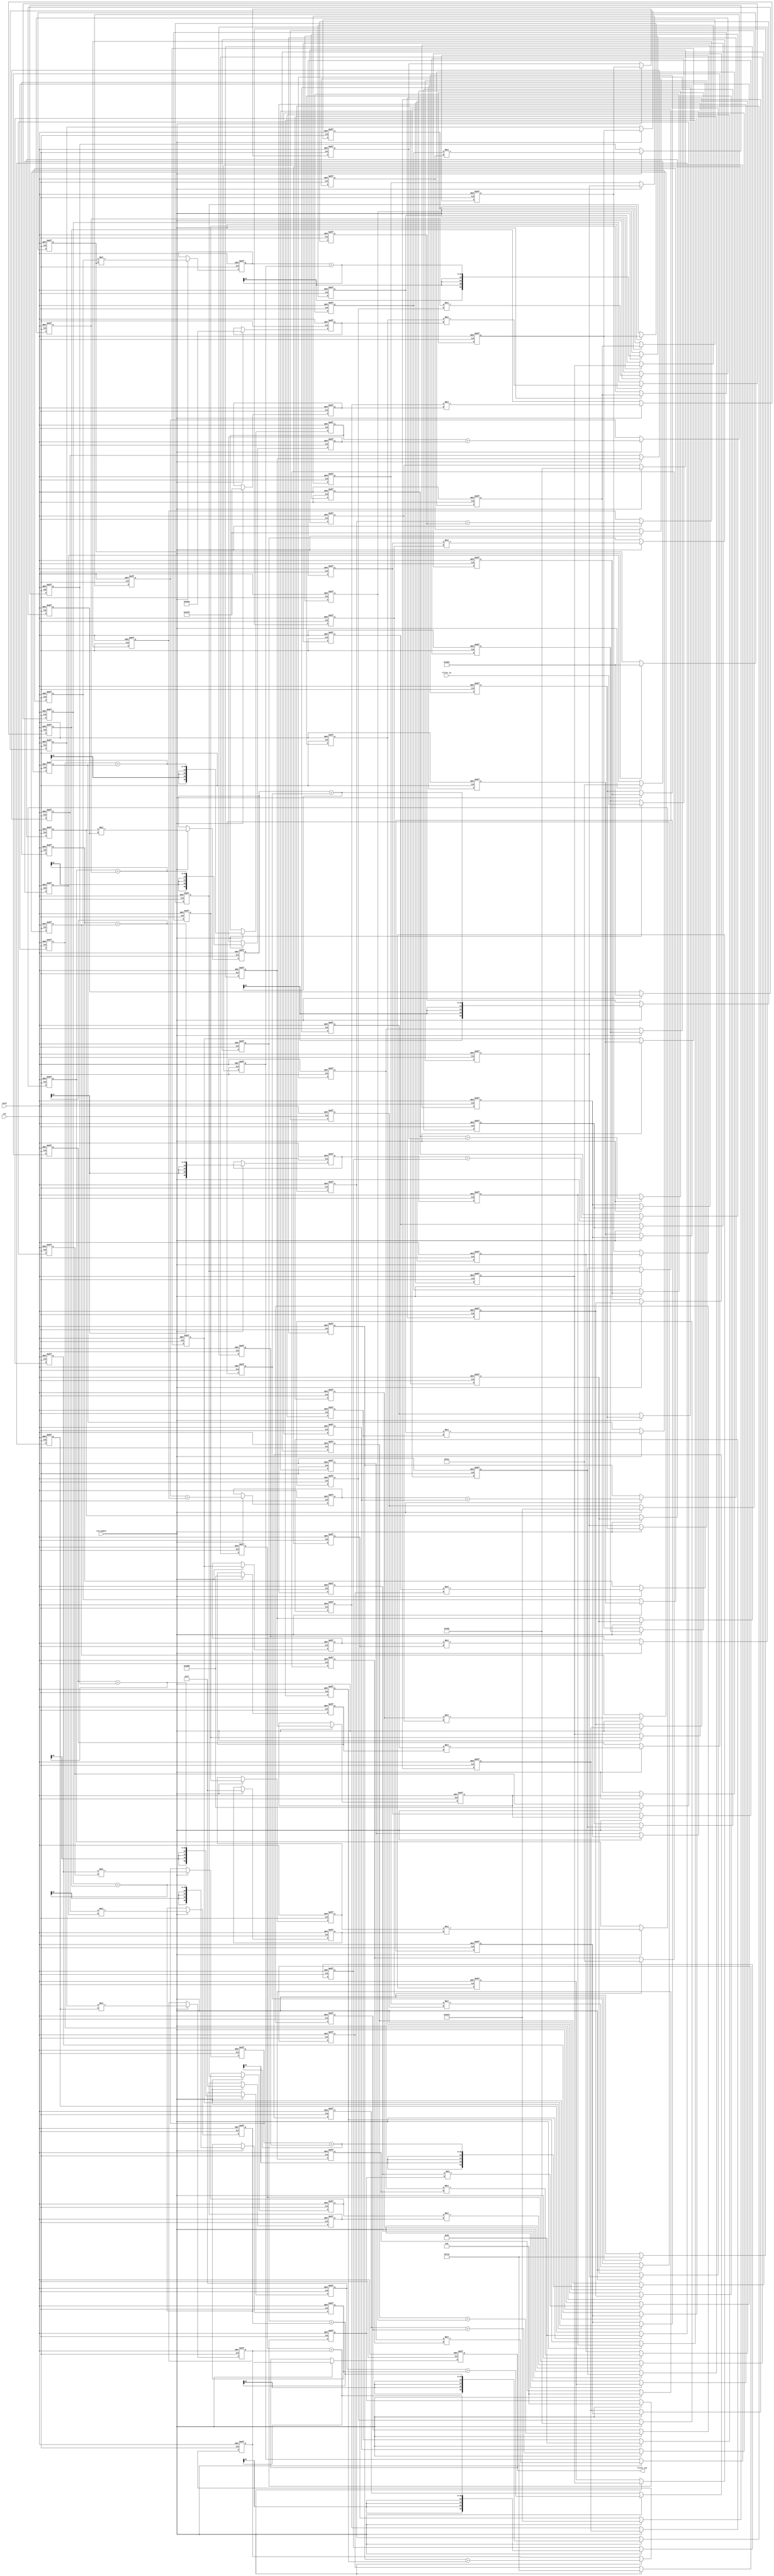
// -------------------------------------------------------------
//
// Module: fir_20_16b_1p
// Generated by MATLAB(R) 9.12 and Filter Design HDL Coder 3.1.11.
// Generated on: 2023-06-21 23:44:26
// -------------------------------------------------------------

// -------------------------------------------------------------
// HDL Code Generation Options:
//
// FIRAdderStyle: tree
// MultiplierInputPipeline: 1
// MultiplierOutputPipeline: 1
// OptimizeForHDL: on
// TargetDirectory: W:\Nikos\UTh\ \Project\FIR_20_Order\multiplier_1_pipeline\16b_fixed_point
// AddPipelineRegisters: on
// Name: fir_20_16b_1p
// InputDataType: numerictype(1,16,0)
// TargetLanguage: Verilog
// TestBenchName: fir_20_16b_1p_tb
// TestBenchStimulus: impulse step ramp chirp noise 

// Filter Specifications:
//
// Sample Rate     : 46 kHz
// Response        : Lowpass
// Specification   : N,Fp,Fst,Ap
// Stopband Edge   : 9.6 kHz
// Filter Order    : 20
// Passband Edge   : 8 kHz
// Passband Ripple : 60 dB
// -------------------------------------------------------------

// -------------------------------------------------------------
// HDL Implementation    : Fully parallel
// Folding Factor        : 1
// -------------------------------------------------------------
// Filter Settings:
//
// Discrete-Time FIR Filter (real)
// -------------------------------
// Filter Structure  : Direct-Form FIR
// Filter Length     : 21
// Stable            : Yes
// Linear Phase      : Yes (Type 1)
// Arithmetic        : fixed
// Numerator         : s16,16 -> [-5.000000e-01 5.000000e-01)
// -------------------------------------------------------------




`timescale 1 ns / 1 ns

module fir_20_16b_1p
               (
                clk,
                clk_enable,
                reset,
                filter_in,
                filter_out
                );

  input   clk; 
  input   clk_enable; 
  input   reset; 
  input   signed [15:0] filter_in; //sfix16
  output  signed [36:0] filter_out; //sfix37_En16

////////////////////////////////////////////////////////////////
//Module Architecture: fir_20_16b_1p
////////////////////////////////////////////////////////////////
  // Local Functions
  // Type Definitions
  // Constants
  parameter signed [15:0] coeff1 = 16'b0000000000000110; //sfix16_En16
  parameter signed [15:0] coeff2 = 16'b0000000000111000; //sfix16_En16
  parameter signed [15:0] coeff3 = 16'b0000000011111111; //sfix16_En16
  parameter signed [15:0] coeff4 = 16'b0000001100101000; //sfix16_En16
  parameter signed [15:0] coeff5 = 16'b0000011111001101; //sfix16_En16
  parameter signed [15:0] coeff6 = 16'b0000111111101100; //sfix16_En16
  parameter signed [15:0] coeff7 = 16'b0001101110110111; //sfix16_En16
  parameter signed [15:0] coeff8 = 16'b0010100111111010; //sfix16_En16
  parameter signed [15:0] coeff9 = 16'b0011100000001000; //sfix16_En16
  parameter signed [15:0] coeff10 = 16'b0100001001110000; //sfix16_En16
  parameter signed [15:0] coeff11 = 16'b0100011001001010; //sfix16_En16
  parameter signed [15:0] coeff12 = 16'b0100001001110000; //sfix16_En16
  parameter signed [15:0] coeff13 = 16'b0011100000001000; //sfix16_En16
  parameter signed [15:0] coeff14 = 16'b0010100111111010; //sfix16_En16
  parameter signed [15:0] coeff15 = 16'b0001101110110111; //sfix16_En16
  parameter signed [15:0] coeff16 = 16'b0000111111101100; //sfix16_En16
  parameter signed [15:0] coeff17 = 16'b0000011111001101; //sfix16_En16
  parameter signed [15:0] coeff18 = 16'b0000001100101000; //sfix16_En16
  parameter signed [15:0] coeff19 = 16'b0000000011111111; //sfix16_En16
  parameter signed [15:0] coeff20 = 16'b0000000000111000; //sfix16_En16
  parameter signed [15:0] coeff21 = 16'b0000000000000110; //sfix16_En16

  // Signals
  reg  signed [15:0] delay_pipeline [0:20] ; // sfix16
  wire signed [31:0] product21; // sfix32_En16
  reg  signed [15:0] delay_pipeline_20_under_pipe; // sfix16
  reg  signed [15:0] coeff21_pipe; // sfix16_En16
  reg  signed [31:0] product21_pipe; // sfix32_En16
  wire signed [31:0] product20; // sfix32_En16
  reg  signed [15:0] delay_pipeline_19_under_pipe; // sfix16
  reg  signed [15:0] coeff20_pipe; // sfix16_En16
  reg  signed [31:0] product20_pipe; // sfix32_En16
  wire signed [31:0] product19; // sfix32_En16
  reg  signed [15:0] delay_pipeline_18_under_pipe; // sfix16
  reg  signed [15:0] coeff19_pipe; // sfix16_En16
  reg  signed [31:0] product19_pipe; // sfix32_En16
  wire signed [31:0] product18; // sfix32_En16
  reg  signed [15:0] delay_pipeline_17_under_pipe; // sfix16
  reg  signed [15:0] coeff18_pipe; // sfix16_En16
  reg  signed [31:0] product18_pipe; // sfix32_En16
  wire signed [31:0] product17; // sfix32_En16
  reg  signed [15:0] delay_pipeline_16_under_pipe; // sfix16
  reg  signed [15:0] coeff17_pipe; // sfix16_En16
  reg  signed [31:0] product17_pipe; // sfix32_En16
  wire signed [31:0] product16; // sfix32_En16
  reg  signed [15:0] delay_pipeline_15_under_pipe; // sfix16
  reg  signed [15:0] coeff16_pipe; // sfix16_En16
  reg  signed [31:0] product16_pipe; // sfix32_En16
  wire signed [31:0] product15; // sfix32_En16
  reg  signed [15:0] delay_pipeline_14_under_pipe; // sfix16
  reg  signed [15:0] coeff15_pipe; // sfix16_En16
  reg  signed [31:0] product15_pipe; // sfix32_En16
  wire signed [31:0] product14; // sfix32_En16
  reg  signed [15:0] delay_pipeline_13_under_pipe; // sfix16
  reg  signed [15:0] coeff14_pipe; // sfix16_En16
  reg  signed [31:0] product14_pipe; // sfix32_En16
  wire signed [31:0] product13; // sfix32_En16
  reg  signed [15:0] delay_pipeline_12_under_pipe; // sfix16
  reg  signed [15:0] coeff13_pipe; // sfix16_En16
  reg  signed [31:0] product13_pipe; // sfix32_En16
  wire signed [31:0] product12; // sfix32_En16
  reg  signed [15:0] delay_pipeline_11_under_pipe; // sfix16
  reg  signed [15:0] coeff12_pipe; // sfix16_En16
  reg  signed [31:0] product12_pipe; // sfix32_En16
  wire signed [31:0] product11; // sfix32_En16
  reg  signed [15:0] delay_pipeline_10_under_pipe; // sfix16
  reg  signed [15:0] coeff11_pipe; // sfix16_En16
  reg  signed [31:0] product11_pipe; // sfix32_En16
  wire signed [31:0] product10; // sfix32_En16
  reg  signed [15:0] delay_pipeline_9_under_pipe; // sfix16
  reg  signed [15:0] coeff10_pipe; // sfix16_En16
  reg  signed [31:0] product10_pipe; // sfix32_En16
  wire signed [31:0] product9; // sfix32_En16
  reg  signed [15:0] delay_pipeline_8_under_pipe; // sfix16
  reg  signed [15:0] coeff9_pipe; // sfix16_En16
  reg  signed [31:0] product9_pipe; // sfix32_En16
  wire signed [31:0] product8; // sfix32_En16
  reg  signed [15:0] delay_pipeline_7_under_pipe; // sfix16
  reg  signed [15:0] coeff8_pipe; // sfix16_En16
  reg  signed [31:0] product8_pipe; // sfix32_En16
  wire signed [31:0] product7; // sfix32_En16
  reg  signed [15:0] delay_pipeline_6_under_pipe; // sfix16
  reg  signed [15:0] coeff7_pipe; // sfix16_En16
  reg  signed [31:0] product7_pipe; // sfix32_En16
  wire signed [31:0] product6; // sfix32_En16
  reg  signed [15:0] delay_pipeline_5_under_pipe; // sfix16
  reg  signed [15:0] coeff6_pipe; // sfix16_En16
  reg  signed [31:0] product6_pipe; // sfix32_En16
  wire signed [31:0] product5; // sfix32_En16
  reg  signed [15:0] delay_pipeline_4_under_pipe; // sfix16
  reg  signed [15:0] coeff5_pipe; // sfix16_En16
  reg  signed [31:0] product5_pipe; // sfix32_En16
  wire signed [31:0] product4; // sfix32_En16
  reg  signed [15:0] delay_pipeline_3_under_pipe; // sfix16
  reg  signed [15:0] coeff4_pipe; // sfix16_En16
  reg  signed [31:0] product4_pipe; // sfix32_En16
  wire signed [31:0] product3; // sfix32_En16
  reg  signed [15:0] delay_pipeline_2_under_pipe; // sfix16
  reg  signed [15:0] coeff3_pipe; // sfix16_En16
  reg  signed [31:0] product3_pipe; // sfix32_En16
  wire signed [31:0] product2; // sfix32_En16
  reg  signed [15:0] delay_pipeline_1_under_pipe; // sfix16
  reg  signed [15:0] coeff2_pipe; // sfix16_En16
  reg  signed [31:0] product2_pipe; // sfix32_En16
  wire signed [31:0] product1; // sfix32_En16
  reg  signed [15:0] delay_pipeline_0_under_pipe; // sfix16
  reg  signed [15:0] coeff1_pipe; // sfix16_En16
  reg  signed [31:0] product1_pipe; // sfix32_En16
  wire signed [36:0] sum_final; // sfix37_En16
  wire signed [36:0] sum1_1; // sfix37_En16
  wire signed [31:0] add_signext; // sfix32_En16
  wire signed [31:0] add_signext_1; // sfix32_En16
  wire signed [32:0] add_temp; // sfix33_En16
  reg  signed [36:0] sumpipe1_1; // sfix37_En16
  wire signed [36:0] sum1_2; // sfix37_En16
  wire signed [31:0] add_signext_2; // sfix32_En16
  wire signed [31:0] add_signext_3; // sfix32_En16
  wire signed [32:0] add_temp_1; // sfix33_En16
  reg  signed [36:0] sumpipe1_2; // sfix37_En16
  wire signed [36:0] sum1_3; // sfix37_En16
  wire signed [31:0] add_signext_4; // sfix32_En16
  wire signed [31:0] add_signext_5; // sfix32_En16
  wire signed [32:0] add_temp_2; // sfix33_En16
  reg  signed [36:0] sumpipe1_3; // sfix37_En16
  wire signed [36:0] sum1_4; // sfix37_En16
  wire signed [31:0] add_signext_6; // sfix32_En16
  wire signed [31:0] add_signext_7; // sfix32_En16
  wire signed [32:0] add_temp_3; // sfix33_En16
  reg  signed [36:0] sumpipe1_4; // sfix37_En16
  wire signed [36:0] sum1_5; // sfix37_En16
  wire signed [31:0] add_signext_8; // sfix32_En16
  wire signed [31:0] add_signext_9; // sfix32_En16
  wire signed [32:0] add_temp_4; // sfix33_En16
  reg  signed [36:0] sumpipe1_5; // sfix37_En16
  wire signed [36:0] sum1_6; // sfix37_En16
  wire signed [31:0] add_signext_10; // sfix32_En16
  wire signed [31:0] add_signext_11; // sfix32_En16
  wire signed [32:0] add_temp_5; // sfix33_En16
  reg  signed [36:0] sumpipe1_6; // sfix37_En16
  wire signed [36:0] sum1_7; // sfix37_En16
  wire signed [31:0] add_signext_12; // sfix32_En16
  wire signed [31:0] add_signext_13; // sfix32_En16
  wire signed [32:0] add_temp_6; // sfix33_En16
  reg  signed [36:0] sumpipe1_7; // sfix37_En16
  wire signed [36:0] sum1_8; // sfix37_En16
  wire signed [31:0] add_signext_14; // sfix32_En16
  wire signed [31:0] add_signext_15; // sfix32_En16
  wire signed [32:0] add_temp_7; // sfix33_En16
  reg  signed [36:0] sumpipe1_8; // sfix37_En16
  wire signed [36:0] sum1_9; // sfix37_En16
  wire signed [31:0] add_signext_16; // sfix32_En16
  wire signed [31:0] add_signext_17; // sfix32_En16
  wire signed [32:0] add_temp_8; // sfix33_En16
  reg  signed [36:0] sumpipe1_9; // sfix37_En16
  wire signed [36:0] sum1_10; // sfix37_En16
  wire signed [31:0] add_signext_18; // sfix32_En16
  wire signed [31:0] add_signext_19; // sfix32_En16
  wire signed [32:0] add_temp_9; // sfix33_En16
  reg  signed [36:0] sumpipe1_10; // sfix37_En16
  reg  signed [31:0] sumpipe1_11; // sfix32_En16
  wire signed [36:0] sum2_1; // sfix37_En16
  wire signed [36:0] add_signext_20; // sfix37_En16
  wire signed [36:0] add_signext_21; // sfix37_En16
  wire signed [37:0] add_temp_10; // sfix38_En16
  reg  signed [36:0] sumpipe2_1; // sfix37_En16
  wire signed [36:0] sum2_2; // sfix37_En16
  wire signed [36:0] add_signext_22; // sfix37_En16
  wire signed [36:0] add_signext_23; // sfix37_En16
  wire signed [37:0] add_temp_11; // sfix38_En16
  reg  signed [36:0] sumpipe2_2; // sfix37_En16
  wire signed [36:0] sum2_3; // sfix37_En16
  wire signed [36:0] add_signext_24; // sfix37_En16
  wire signed [36:0] add_signext_25; // sfix37_En16
  wire signed [37:0] add_temp_12; // sfix38_En16
  reg  signed [36:0] sumpipe2_3; // sfix37_En16
  wire signed [36:0] sum2_4; // sfix37_En16
  wire signed [36:0] add_signext_26; // sfix37_En16
  wire signed [36:0] add_signext_27; // sfix37_En16
  wire signed [37:0] add_temp_13; // sfix38_En16
  reg  signed [36:0] sumpipe2_4; // sfix37_En16
  wire signed [36:0] sum2_5; // sfix37_En16
  wire signed [36:0] add_signext_28; // sfix37_En16
  wire signed [36:0] add_signext_29; // sfix37_En16
  wire signed [37:0] add_temp_14; // sfix38_En16
  reg  signed [36:0] sumpipe2_5; // sfix37_En16
  reg  signed [31:0] sumpipe2_6; // sfix32_En16
  wire signed [36:0] sum3_1; // sfix37_En16
  wire signed [36:0] add_signext_30; // sfix37_En16
  wire signed [36:0] add_signext_31; // sfix37_En16
  wire signed [37:0] add_temp_15; // sfix38_En16
  reg  signed [36:0] sumpipe3_1; // sfix37_En16
  wire signed [36:0] sum3_2; // sfix37_En16
  wire signed [36:0] add_signext_32; // sfix37_En16
  wire signed [36:0] add_signext_33; // sfix37_En16
  wire signed [37:0] add_temp_16; // sfix38_En16
  reg  signed [36:0] sumpipe3_2; // sfix37_En16
  wire signed [36:0] sum3_3; // sfix37_En16
  wire signed [36:0] add_signext_34; // sfix37_En16
  wire signed [36:0] add_signext_35; // sfix37_En16
  wire signed [37:0] add_temp_17; // sfix38_En16
  reg  signed [36:0] sumpipe3_3; // sfix37_En16
  wire signed [36:0] sum4_1; // sfix37_En16
  wire signed [36:0] add_signext_36; // sfix37_En16
  wire signed [36:0] add_signext_37; // sfix37_En16
  wire signed [37:0] add_temp_18; // sfix38_En16
  reg  signed [36:0] sumpipe4_1; // sfix37_En16
  reg  signed [36:0] sumpipe4_2; // sfix37_En16
  wire signed [36:0] sum5_1; // sfix37_En16
  wire signed [36:0] add_signext_38; // sfix37_En16
  wire signed [36:0] add_signext_39; // sfix37_En16
  wire signed [37:0] add_temp_19; // sfix38_En16
  reg  signed [36:0] sumpipe5_1; // sfix37_En16
  reg  signed [36:0] output_register; // sfix37_En16

  // Block Statements
  always @( posedge clk or posedge reset)
    begin: Delay_Pipeline_process
      if (reset == 1'b1) begin
        delay_pipeline[0] <= 0;
        delay_pipeline[1] <= 0;
        delay_pipeline[2] <= 0;
        delay_pipeline[3] <= 0;
        delay_pipeline[4] <= 0;
        delay_pipeline[5] <= 0;
        delay_pipeline[6] <= 0;
        delay_pipeline[7] <= 0;
        delay_pipeline[8] <= 0;
        delay_pipeline[9] <= 0;
        delay_pipeline[10] <= 0;
        delay_pipeline[11] <= 0;
        delay_pipeline[12] <= 0;
        delay_pipeline[13] <= 0;
        delay_pipeline[14] <= 0;
        delay_pipeline[15] <= 0;
        delay_pipeline[16] <= 0;
        delay_pipeline[17] <= 0;
        delay_pipeline[18] <= 0;
        delay_pipeline[19] <= 0;
        delay_pipeline[20] <= 0;
      end
      else begin
        if (clk_enable == 1'b1) begin
          delay_pipeline[0] <= filter_in;
          delay_pipeline[1] <= delay_pipeline[0];
          delay_pipeline[2] <= delay_pipeline[1];
          delay_pipeline[3] <= delay_pipeline[2];
          delay_pipeline[4] <= delay_pipeline[3];
          delay_pipeline[5] <= delay_pipeline[4];
          delay_pipeline[6] <= delay_pipeline[5];
          delay_pipeline[7] <= delay_pipeline[6];
          delay_pipeline[8] <= delay_pipeline[7];
          delay_pipeline[9] <= delay_pipeline[8];
          delay_pipeline[10] <= delay_pipeline[9];
          delay_pipeline[11] <= delay_pipeline[10];
          delay_pipeline[12] <= delay_pipeline[11];
          delay_pipeline[13] <= delay_pipeline[12];
          delay_pipeline[14] <= delay_pipeline[13];
          delay_pipeline[15] <= delay_pipeline[14];
          delay_pipeline[16] <= delay_pipeline[15];
          delay_pipeline[17] <= delay_pipeline[16];
          delay_pipeline[18] <= delay_pipeline[17];
          delay_pipeline[19] <= delay_pipeline[18];
          delay_pipeline[20] <= delay_pipeline[19];
        end
      end
    end // Delay_Pipeline_process


  always @ (posedge clk or posedge reset)
    begin: temp_process1
      if (reset == 1'b1) begin
        delay_pipeline_20_under_pipe <= 0;
        coeff21_pipe <= 0;
        product21_pipe <= 0;
      end
      else begin
        if (clk_enable == 1'b1) begin
          delay_pipeline_20_under_pipe <= delay_pipeline[20];
          coeff21_pipe <= coeff21;

          product21_pipe <= delay_pipeline_20_under_pipe * coeff21_pipe;

        end
      end
    end // temp_process1

  assign product21 = product21_pipe;

  always @ (posedge clk or posedge reset)
    begin: temp_process2
      if (reset == 1'b1) begin
        delay_pipeline_19_under_pipe <= 0;
        coeff20_pipe <= 0;
        product20_pipe <= 0;
      end
      else begin
        if (clk_enable == 1'b1) begin
          delay_pipeline_19_under_pipe <= delay_pipeline[19];
          coeff20_pipe <= coeff20;

          product20_pipe <= delay_pipeline_19_under_pipe * coeff20_pipe;

        end
      end
    end // temp_process2

  assign product20 = product20_pipe;

  always @ (posedge clk or posedge reset)
    begin: temp_process3
      if (reset == 1'b1) begin
        delay_pipeline_18_under_pipe <= 0;
        coeff19_pipe <= 0;
        product19_pipe <= 0;
      end
      else begin
        if (clk_enable == 1'b1) begin
          delay_pipeline_18_under_pipe <= delay_pipeline[18];
          coeff19_pipe <= coeff19;

          product19_pipe <= delay_pipeline_18_under_pipe * coeff19_pipe;

        end
      end
    end // temp_process3

  assign product19 = product19_pipe;

  always @ (posedge clk or posedge reset)
    begin: temp_process4
      if (reset == 1'b1) begin
        delay_pipeline_17_under_pipe <= 0;
        coeff18_pipe <= 0;
        product18_pipe <= 0;
      end
      else begin
        if (clk_enable == 1'b1) begin
          delay_pipeline_17_under_pipe <= delay_pipeline[17];
          coeff18_pipe <= coeff18;

          product18_pipe <= delay_pipeline_17_under_pipe * coeff18_pipe;

        end
      end
    end // temp_process4

  assign product18 = product18_pipe;

  always @ (posedge clk or posedge reset)
    begin: temp_process5
      if (reset == 1'b1) begin
        delay_pipeline_16_under_pipe <= 0;
        coeff17_pipe <= 0;
        product17_pipe <= 0;
      end
      else begin
        if (clk_enable == 1'b1) begin
          delay_pipeline_16_under_pipe <= delay_pipeline[16];
          coeff17_pipe <= coeff17;

          product17_pipe <= delay_pipeline_16_under_pipe * coeff17_pipe;

        end
      end
    end // temp_process5

  assign product17 = product17_pipe;

  always @ (posedge clk or posedge reset)
    begin: temp_process6
      if (reset == 1'b1) begin
        delay_pipeline_15_under_pipe <= 0;
        coeff16_pipe <= 0;
        product16_pipe <= 0;
      end
      else begin
        if (clk_enable == 1'b1) begin
          delay_pipeline_15_under_pipe <= delay_pipeline[15];
          coeff16_pipe <= coeff16;

          product16_pipe <= delay_pipeline_15_under_pipe * coeff16_pipe;

        end
      end
    end // temp_process6

  assign product16 = product16_pipe;

  always @ (posedge clk or posedge reset)
    begin: temp_process7
      if (reset == 1'b1) begin
        delay_pipeline_14_under_pipe <= 0;
        coeff15_pipe <= 0;
        product15_pipe <= 0;
      end
      else begin
        if (clk_enable == 1'b1) begin
          delay_pipeline_14_under_pipe <= delay_pipeline[14];
          coeff15_pipe <= coeff15;

          product15_pipe <= delay_pipeline_14_under_pipe * coeff15_pipe;

        end
      end
    end // temp_process7

  assign product15 = product15_pipe;

  always @ (posedge clk or posedge reset)
    begin: temp_process8
      if (reset == 1'b1) begin
        delay_pipeline_13_under_pipe <= 0;
        coeff14_pipe <= 0;
        product14_pipe <= 0;
      end
      else begin
        if (clk_enable == 1'b1) begin
          delay_pipeline_13_under_pipe <= delay_pipeline[13];
          coeff14_pipe <= coeff14;

          product14_pipe <= delay_pipeline_13_under_pipe * coeff14_pipe;

        end
      end
    end // temp_process8

  assign product14 = product14_pipe;

  always @ (posedge clk or posedge reset)
    begin: temp_process9
      if (reset == 1'b1) begin
        delay_pipeline_12_under_pipe <= 0;
        coeff13_pipe <= 0;
        product13_pipe <= 0;
      end
      else begin
        if (clk_enable == 1'b1) begin
          delay_pipeline_12_under_pipe <= delay_pipeline[12];
          coeff13_pipe <= coeff13;

          product13_pipe <= delay_pipeline_12_under_pipe * coeff13_pipe;

        end
      end
    end // temp_process9

  assign product13 = product13_pipe;

  always @ (posedge clk or posedge reset)
    begin: temp_process10
      if (reset == 1'b1) begin
        delay_pipeline_11_under_pipe <= 0;
        coeff12_pipe <= 0;
        product12_pipe <= 0;
      end
      else begin
        if (clk_enable == 1'b1) begin
          delay_pipeline_11_under_pipe <= delay_pipeline[11];
          coeff12_pipe <= coeff12;

          product12_pipe <= delay_pipeline_11_under_pipe * coeff12_pipe;

        end
      end
    end // temp_process10

  assign product12 = product12_pipe;

  always @ (posedge clk or posedge reset)
    begin: temp_process11
      if (reset == 1'b1) begin
        delay_pipeline_10_under_pipe <= 0;
        coeff11_pipe <= 0;
        product11_pipe <= 0;
      end
      else begin
        if (clk_enable == 1'b1) begin
          delay_pipeline_10_under_pipe <= delay_pipeline[10];
          coeff11_pipe <= coeff11;

          product11_pipe <= delay_pipeline_10_under_pipe * coeff11_pipe;

        end
      end
    end // temp_process11

  assign product11 = product11_pipe;

  always @ (posedge clk or posedge reset)
    begin: temp_process12
      if (reset == 1'b1) begin
        delay_pipeline_9_under_pipe <= 0;
        coeff10_pipe <= 0;
        product10_pipe <= 0;
      end
      else begin
        if (clk_enable == 1'b1) begin
          delay_pipeline_9_under_pipe <= delay_pipeline[9];
          coeff10_pipe <= coeff10;

          product10_pipe <= delay_pipeline_9_under_pipe * coeff10_pipe;

        end
      end
    end // temp_process12

  assign product10 = product10_pipe;

  always @ (posedge clk or posedge reset)
    begin: temp_process13
      if (reset == 1'b1) begin
        delay_pipeline_8_under_pipe <= 0;
        coeff9_pipe <= 0;
        product9_pipe <= 0;
      end
      else begin
        if (clk_enable == 1'b1) begin
          delay_pipeline_8_under_pipe <= delay_pipeline[8];
          coeff9_pipe <= coeff9;

          product9_pipe <= delay_pipeline_8_under_pipe * coeff9_pipe;

        end
      end
    end // temp_process13

  assign product9 = product9_pipe;

  always @ (posedge clk or posedge reset)
    begin: temp_process14
      if (reset == 1'b1) begin
        delay_pipeline_7_under_pipe <= 0;
        coeff8_pipe <= 0;
        product8_pipe <= 0;
      end
      else begin
        if (clk_enable == 1'b1) begin
          delay_pipeline_7_under_pipe <= delay_pipeline[7];
          coeff8_pipe <= coeff8;

          product8_pipe <= delay_pipeline_7_under_pipe * coeff8_pipe;

        end
      end
    end // temp_process14

  assign product8 = product8_pipe;

  always @ (posedge clk or posedge reset)
    begin: temp_process15
      if (reset == 1'b1) begin
        delay_pipeline_6_under_pipe <= 0;
        coeff7_pipe <= 0;
        product7_pipe <= 0;
      end
      else begin
        if (clk_enable == 1'b1) begin
          delay_pipeline_6_under_pipe <= delay_pipeline[6];
          coeff7_pipe <= coeff7;

          product7_pipe <= delay_pipeline_6_under_pipe * coeff7_pipe;

        end
      end
    end // temp_process15

  assign product7 = product7_pipe;

  always @ (posedge clk or posedge reset)
    begin: temp_process16
      if (reset == 1'b1) begin
        delay_pipeline_5_under_pipe <= 0;
        coeff6_pipe <= 0;
        product6_pipe <= 0;
      end
      else begin
        if (clk_enable == 1'b1) begin
          delay_pipeline_5_under_pipe <= delay_pipeline[5];
          coeff6_pipe <= coeff6;

          product6_pipe <= delay_pipeline_5_under_pipe * coeff6_pipe;

        end
      end
    end // temp_process16

  assign product6 = product6_pipe;

  always @ (posedge clk or posedge reset)
    begin: temp_process17
      if (reset == 1'b1) begin
        delay_pipeline_4_under_pipe <= 0;
        coeff5_pipe <= 0;
        product5_pipe <= 0;
      end
      else begin
        if (clk_enable == 1'b1) begin
          delay_pipeline_4_under_pipe <= delay_pipeline[4];
          coeff5_pipe <= coeff5;

          product5_pipe <= delay_pipeline_4_under_pipe * coeff5_pipe;

        end
      end
    end // temp_process17

  assign product5 = product5_pipe;

  always @ (posedge clk or posedge reset)
    begin: temp_process18
      if (reset == 1'b1) begin
        delay_pipeline_3_under_pipe <= 0;
        coeff4_pipe <= 0;
        product4_pipe <= 0;
      end
      else begin
        if (clk_enable == 1'b1) begin
          delay_pipeline_3_under_pipe <= delay_pipeline[3];
          coeff4_pipe <= coeff4;

          product4_pipe <= delay_pipeline_3_under_pipe * coeff4_pipe;

        end
      end
    end // temp_process18

  assign product4 = product4_pipe;

  always @ (posedge clk or posedge reset)
    begin: temp_process19
      if (reset == 1'b1) begin
        delay_pipeline_2_under_pipe <= 0;
        coeff3_pipe <= 0;
        product3_pipe <= 0;
      end
      else begin
        if (clk_enable == 1'b1) begin
          delay_pipeline_2_under_pipe <= delay_pipeline[2];
          coeff3_pipe <= coeff3;

          product3_pipe <= delay_pipeline_2_under_pipe * coeff3_pipe;

        end
      end
    end // temp_process19

  assign product3 = product3_pipe;

  always @ (posedge clk or posedge reset)
    begin: temp_process20
      if (reset == 1'b1) begin
        delay_pipeline_1_under_pipe <= 0;
        coeff2_pipe <= 0;
        product2_pipe <= 0;
      end
      else begin
        if (clk_enable == 1'b1) begin
          delay_pipeline_1_under_pipe <= delay_pipeline[1];
          coeff2_pipe <= coeff2;

          product2_pipe <= delay_pipeline_1_under_pipe * coeff2_pipe;

        end
      end
    end // temp_process20

  assign product2 = product2_pipe;

  always @ (posedge clk or posedge reset)
    begin: temp_process21
      if (reset == 1'b1) begin
        delay_pipeline_0_under_pipe <= 0;
        coeff1_pipe <= 0;
        product1_pipe <= 0;
      end
      else begin
        if (clk_enable == 1'b1) begin
          delay_pipeline_0_under_pipe <= delay_pipeline[0];
          coeff1_pipe <= coeff1;

          product1_pipe <= delay_pipeline_0_under_pipe * coeff1_pipe;

        end
      end
    end // temp_process21

  assign product1 = product1_pipe;

  assign add_signext = product21;
  assign add_signext_1 = product20;
  assign add_temp = add_signext + add_signext_1;
  assign sum1_1 = $signed({{4{add_temp[32]}}, add_temp});

  assign add_signext_2 = product19;
  assign add_signext_3 = product18;
  assign add_temp_1 = add_signext_2 + add_signext_3;
  assign sum1_2 = $signed({{4{add_temp_1[32]}}, add_temp_1});

  assign add_signext_4 = product17;
  assign add_signext_5 = product16;
  assign add_temp_2 = add_signext_4 + add_signext_5;
  assign sum1_3 = $signed({{4{add_temp_2[32]}}, add_temp_2});

  assign add_signext_6 = product15;
  assign add_signext_7 = product14;
  assign add_temp_3 = add_signext_6 + add_signext_7;
  assign sum1_4 = $signed({{4{add_temp_3[32]}}, add_temp_3});

  assign add_signext_8 = product13;
  assign add_signext_9 = product12;
  assign add_temp_4 = add_signext_8 + add_signext_9;
  assign sum1_5 = $signed({{4{add_temp_4[32]}}, add_temp_4});

  assign add_signext_10 = product11;
  assign add_signext_11 = product10;
  assign add_temp_5 = add_signext_10 + add_signext_11;
  assign sum1_6 = $signed({{4{add_temp_5[32]}}, add_temp_5});

  assign add_signext_12 = product9;
  assign add_signext_13 = product8;
  assign add_temp_6 = add_signext_12 + add_signext_13;
  assign sum1_7 = $signed({{4{add_temp_6[32]}}, add_temp_6});

  assign add_signext_14 = product7;
  assign add_signext_15 = product6;
  assign add_temp_7 = add_signext_14 + add_signext_15;
  assign sum1_8 = $signed({{4{add_temp_7[32]}}, add_temp_7});

  assign add_signext_16 = product5;
  assign add_signext_17 = product4;
  assign add_temp_8 = add_signext_16 + add_signext_17;
  assign sum1_9 = $signed({{4{add_temp_8[32]}}, add_temp_8});

  assign add_signext_18 = product3;
  assign add_signext_19 = product2;
  assign add_temp_9 = add_signext_18 + add_signext_19;
  assign sum1_10 = $signed({{4{add_temp_9[32]}}, add_temp_9});

  always @ (posedge clk or posedge reset)
    begin: temp_process22
      if (reset == 1'b1) begin
        sumpipe1_1 <= 0;
        sumpipe1_2 <= 0;
        sumpipe1_3 <= 0;
        sumpipe1_4 <= 0;
        sumpipe1_5 <= 0;
        sumpipe1_6 <= 0;
        sumpipe1_7 <= 0;
        sumpipe1_8 <= 0;
        sumpipe1_9 <= 0;
        sumpipe1_10 <= 0;
        sumpipe1_11 <= 0;
      end
      else begin
        if (clk_enable == 1'b1) begin
          sumpipe1_1 <= sum1_1;
          sumpipe1_2 <= sum1_2;
          sumpipe1_3 <= sum1_3;
          sumpipe1_4 <= sum1_4;
          sumpipe1_5 <= sum1_5;
          sumpipe1_6 <= sum1_6;
          sumpipe1_7 <= sum1_7;
          sumpipe1_8 <= sum1_8;
          sumpipe1_9 <= sum1_9;
          sumpipe1_10 <= sum1_10;
          sumpipe1_11 <= product1;
        end
      end
    end // temp_process22

  assign add_signext_20 = sumpipe1_1;
  assign add_signext_21 = sumpipe1_2;
  assign add_temp_10 = add_signext_20 + add_signext_21;
  assign sum2_1 = add_temp_10[36:0];

  assign add_signext_22 = sumpipe1_3;
  assign add_signext_23 = sumpipe1_4;
  assign add_temp_11 = add_signext_22 + add_signext_23;
  assign sum2_2 = add_temp_11[36:0];

  assign add_signext_24 = sumpipe1_5;
  assign add_signext_25 = sumpipe1_6;
  assign add_temp_12 = add_signext_24 + add_signext_25;
  assign sum2_3 = add_temp_12[36:0];

  assign add_signext_26 = sumpipe1_7;
  assign add_signext_27 = sumpipe1_8;
  assign add_temp_13 = add_signext_26 + add_signext_27;
  assign sum2_4 = add_temp_13[36:0];

  assign add_signext_28 = sumpipe1_9;
  assign add_signext_29 = sumpipe1_10;
  assign add_temp_14 = add_signext_28 + add_signext_29;
  assign sum2_5 = add_temp_14[36:0];

  always @ (posedge clk or posedge reset)
    begin: temp_process23
      if (reset == 1'b1) begin
        sumpipe2_1 <= 0;
        sumpipe2_2 <= 0;
        sumpipe2_3 <= 0;
        sumpipe2_4 <= 0;
        sumpipe2_5 <= 0;
        sumpipe2_6 <= 0;
      end
      else begin
        if (clk_enable == 1'b1) begin
          sumpipe2_1 <= sum2_1;
          sumpipe2_2 <= sum2_2;
          sumpipe2_3 <= sum2_3;
          sumpipe2_4 <= sum2_4;
          sumpipe2_5 <= sum2_5;
          sumpipe2_6 <= sumpipe1_11;
        end
      end
    end // temp_process23

  assign add_signext_30 = sumpipe2_1;
  assign add_signext_31 = sumpipe2_2;
  assign add_temp_15 = add_signext_30 + add_signext_31;
  assign sum3_1 = add_temp_15[36:0];

  assign add_signext_32 = sumpipe2_3;
  assign add_signext_33 = sumpipe2_4;
  assign add_temp_16 = add_signext_32 + add_signext_33;
  assign sum3_2 = add_temp_16[36:0];

  assign add_signext_34 = sumpipe2_5;
  assign add_signext_35 = $signed({{5{sumpipe2_6[31]}}, sumpipe2_6});
  assign add_temp_17 = add_signext_34 + add_signext_35;
  assign sum3_3 = add_temp_17[36:0];

  always @ (posedge clk or posedge reset)
    begin: temp_process24
      if (reset == 1'b1) begin
        sumpipe3_1 <= 0;
        sumpipe3_2 <= 0;
        sumpipe3_3 <= 0;
      end
      else begin
        if (clk_enable == 1'b1) begin
          sumpipe3_1 <= sum3_1;
          sumpipe3_2 <= sum3_2;
          sumpipe3_3 <= sum3_3;
        end
      end
    end // temp_process24

  assign add_signext_36 = sumpipe3_1;
  assign add_signext_37 = sumpipe3_2;
  assign add_temp_18 = add_signext_36 + add_signext_37;
  assign sum4_1 = add_temp_18[36:0];

  always @ (posedge clk or posedge reset)
    begin: temp_process25
      if (reset == 1'b1) begin
        sumpipe4_1 <= 0;
        sumpipe4_2 <= 0;
      end
      else begin
        if (clk_enable == 1'b1) begin
          sumpipe4_1 <= sum4_1;
          sumpipe4_2 <= sumpipe3_3;
        end
      end
    end // temp_process25

  assign add_signext_38 = sumpipe4_1;
  assign add_signext_39 = sumpipe4_2;
  assign add_temp_19 = add_signext_38 + add_signext_39;
  assign sum5_1 = add_temp_19[36:0];

  always @ (posedge clk or posedge reset)
    begin: temp_process26
      if (reset == 1'b1) begin
        sumpipe5_1 <= 0;
      end
      else begin
        if (clk_enable == 1'b1) begin
          sumpipe5_1 <= sum5_1;
        end
      end
    end // temp_process26

  assign sum_final = sumpipe5_1;

  always @ (posedge clk or posedge reset)
    begin: Output_Register_process
      if (reset == 1'b1) begin
        output_register <= 0;
      end
      else begin
        if (clk_enable == 1'b1) begin
          output_register <= sum_final;
        end
      end
    end // Output_Register_process

  // Assignment Statements
  assign filter_out = output_register;
endmodule  // fir_20_16b_1p